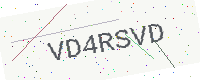
Text: VD4RSVD